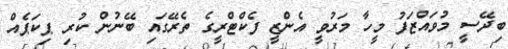
ބިދޭސީ މުވައްޒަފު މީހާ މަރުވީ އެންޒީ ފެކްޓްރީގެ ތެރޭގައި ބޭނުން ކުރި ޕިކަޕެއް